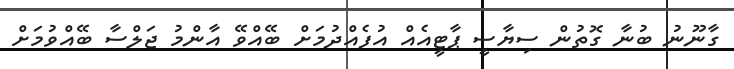
ގާނޫނު ބުނާ ގޮތުން ސިޔާސީ ޕާޓީއެއް އުފެއްދުމަށް ބޭއްވޭ އާންމު ޖަލްސާ ބޭއްވުމަށް